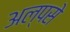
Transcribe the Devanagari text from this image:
अल्पसे